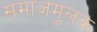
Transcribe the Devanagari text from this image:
समाजमूलक